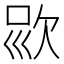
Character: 𣢱